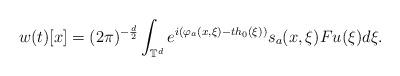
LaTeX: \begin{align*}w(t)[x]=(2\pi)^{-\frac{d}{2}}\int_{\mathbb{T}^d} e^{i(\varphi_a(x,\xi)-th_0(\xi))} s_a(x,\xi) Fu(\xi) d\xi . \end{align*}